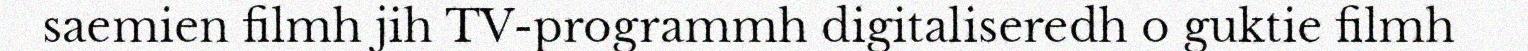
saemien filmh jih TV-programmh digitaliseredh o guktie filmh